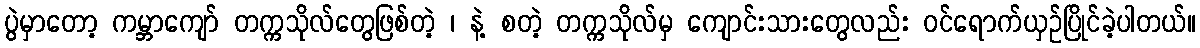
ပွဲမှာတော့ ကမ္ဘာကျော် တက္ကသိုလ်တွေဖြစ်တဲ့ ၊ နဲ့ စတဲ့ တက္ကသိုလ်မှ ကျောင်းသားတွေလည်း ဝင်ရောက်ယှဉ်ပြိုင်ခဲ့ပါတယ်။